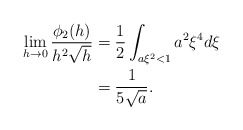
\begin{align*} \begin{aligned}\lim_{h\rightarrow 0} \frac{\phi_2(h)}{h^2\sqrt{h}}&=\frac{1}{2}\int_{a\xi^2<1}a^2\xi^4d\xi\\&= \frac{1}{5\sqrt{a}}. \end{aligned} \end{align*}